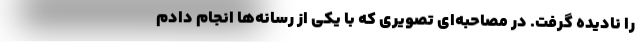
را نادیده گرفت. در مصاحبه‌ای تصویری که با یکی از رسانه‌ها انجام دادم